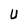
Character: U